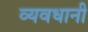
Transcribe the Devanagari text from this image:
व्यवधानी